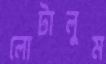
লোটালুম